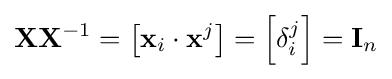
\mathbf {X} \mathbf {X} ^{-1}=\left[\mathbf {x} _{i}\cdot \mathbf {x} ^{j}\right]=\left[\delta _{i}^{j}\right]=\mathbf {I} _{n}